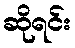
ဆိုရင်း